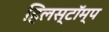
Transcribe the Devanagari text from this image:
हिलस्टॉम्प